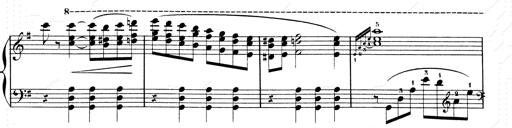
Title: Les SabÃ©ennes
Composer: Franz Liszt